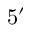
5 ^ { \prime }